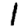
Digit: 1